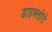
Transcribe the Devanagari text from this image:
डाइक्लोरो